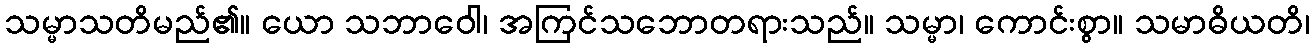
သမ္မာသတိမည်၏။ ယော သဘာဝေါ၊ အကြင်သဘောတရားသည်။ သမ္မာ၊ ကောင်းစွာ။ သမာဓိယတိ၊